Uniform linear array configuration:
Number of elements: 32
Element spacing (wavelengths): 0.25
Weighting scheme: uniform
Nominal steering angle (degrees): -60
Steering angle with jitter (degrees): -59.572
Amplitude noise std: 0.05
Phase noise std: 0.05

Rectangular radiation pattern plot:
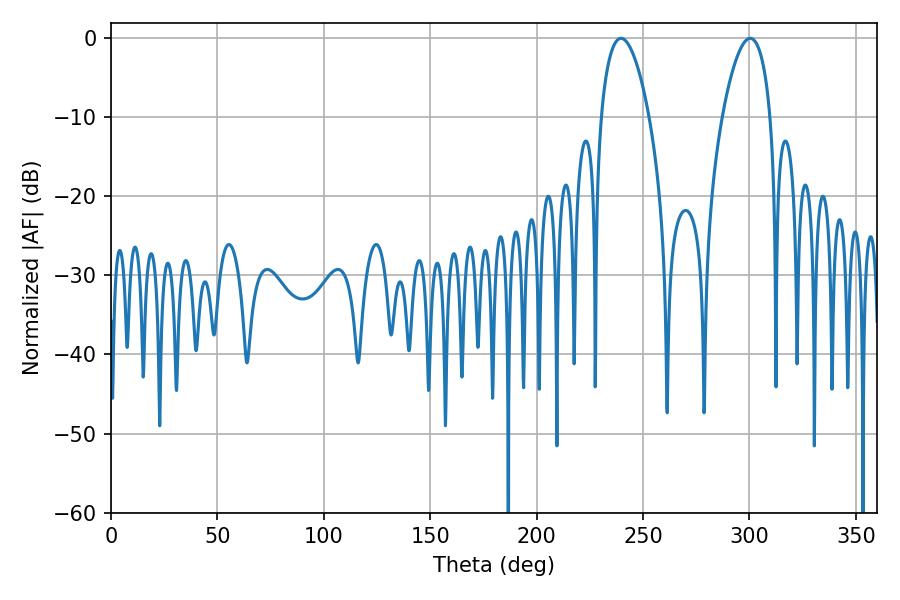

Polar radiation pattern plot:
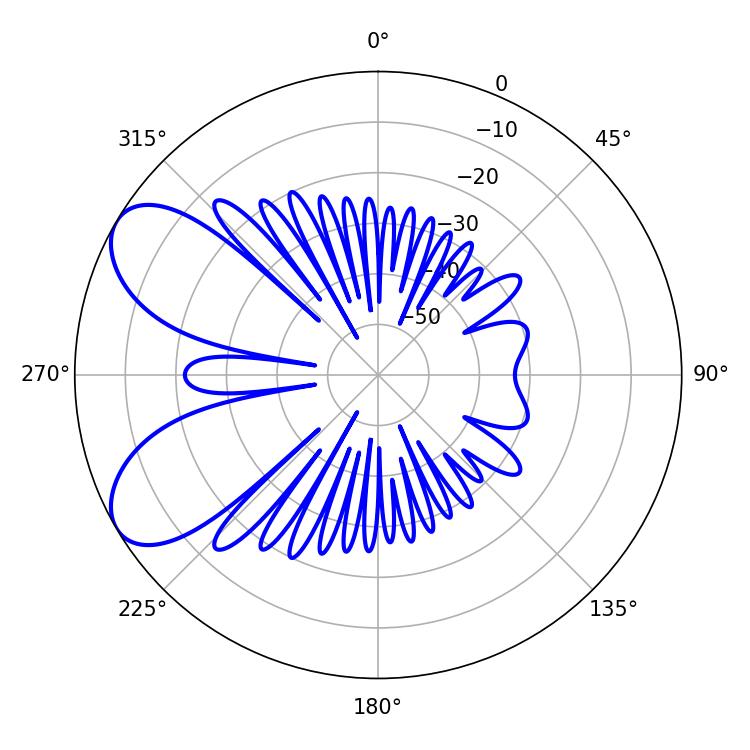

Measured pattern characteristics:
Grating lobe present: FALSE
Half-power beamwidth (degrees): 12.6
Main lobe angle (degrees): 239.58